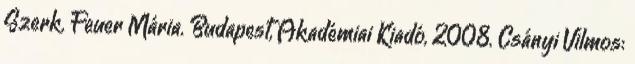
Szerk. Feuer Mária. Budapest, Akadémiai Kiadó, 2008. Csányi Vilmos: